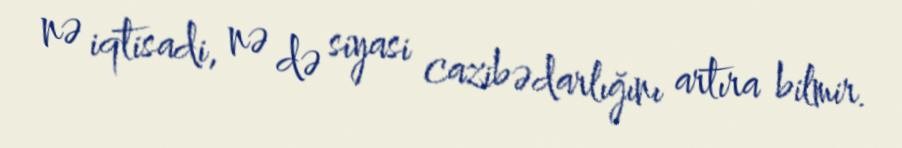
nə iqtisadi, nə də siyasi cazibədarlığını artıra bilmir.